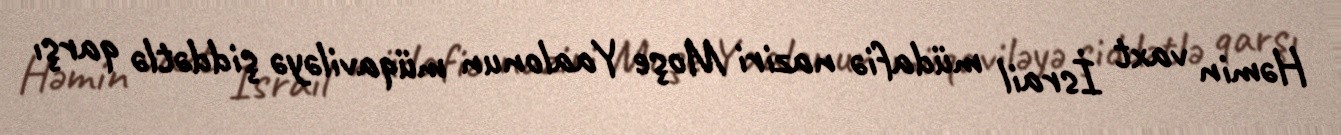
Həmin vaxt İsrail müdafiə naziri Moşe Yaalonun müqaviləyə şiddətlə qarşı